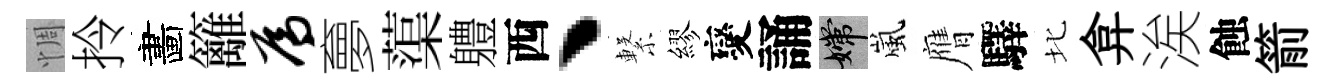
惆拎畵籬焉夣蕖軆西丶繋繆變誦嫦嵐膺驛北弇涘蝕箭